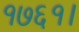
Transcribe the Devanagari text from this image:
१७६१।